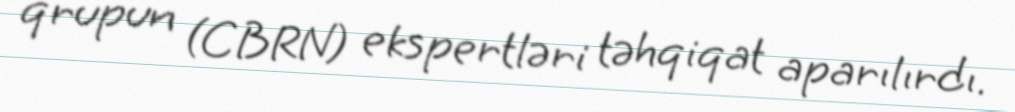
qrupun (CBRN) ekspertləri təhqiqat aparılırdı.